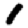
Digit: 1